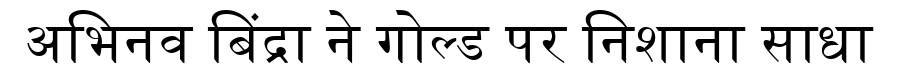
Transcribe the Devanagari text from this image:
अभिनव बिंद्रा ने गोल्ड पर निशाना साधा